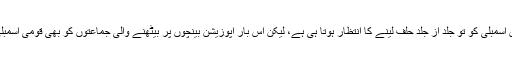
حکومت بنانے والی جماعت کے ارکانِ اسمبلی کو تو جلد از جلد حلف لینے کا انتظار ہوتا ہی ہے، لیکن اس بار اپوزیشن بینچوں پر بیٹھنے والی جماعتوں کو بھی قومی اسمبلی کے اجلاس کا شدت سے انتظار ہے۔